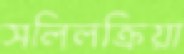
সলিলক্রিয়া